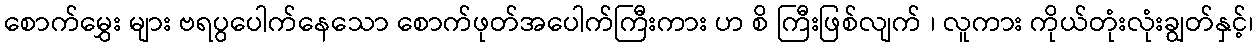
စောက်မွှေး များ ဗရပွပေါက်နေသော စောက်ဖုတ်အပေါက်ကြီးကား ဟ စိ ကြီးဖြစ်လျက် ၊ လူကား ကိုယ်တုံးလုံးချွတ်နှင့်၊